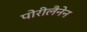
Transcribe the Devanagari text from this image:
पोरीलैनेन